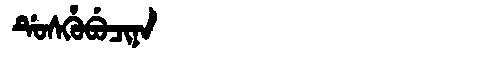
Manchu: ᡩᡠᠰᡥᡠᠪᡠᠴᡳᠨᠠ
Romanization: DUSHUBUCINA